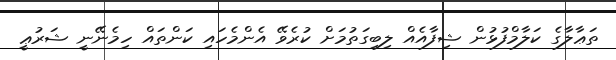
ތަޢާލާގެ ކަލާމްފުޅުން ޝިފާއެއް ލިބިގަތުމަށް ކުރެވޭ އެންމެހައި ކަންތައް ހިމެނޭނީ ޝަރުޢީ